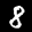
Label: 8